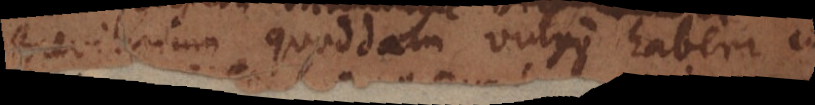
Breviarium quoddam vulgo haberi